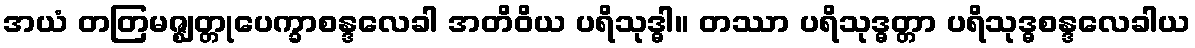
အယံ တတြမဇ္ဈတ္တုပေက္ခာစန္ဒလေခါ အတိဝိယ ပရိသုဒ္ဓါ။ တဿာ ပရိသုဒ္ဓတ္တာ ပရိသုဒ္ဓစန္ဒလေခါယ